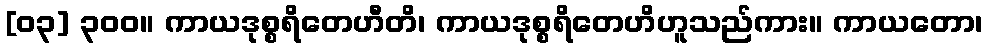
[၀၃] ၃၀၀။ ကာယဒုစ္စရိတေဟီတိ၊ ကာယဒုစ္စရိတေဟိဟူသည်ကား။ ကာယတော၊